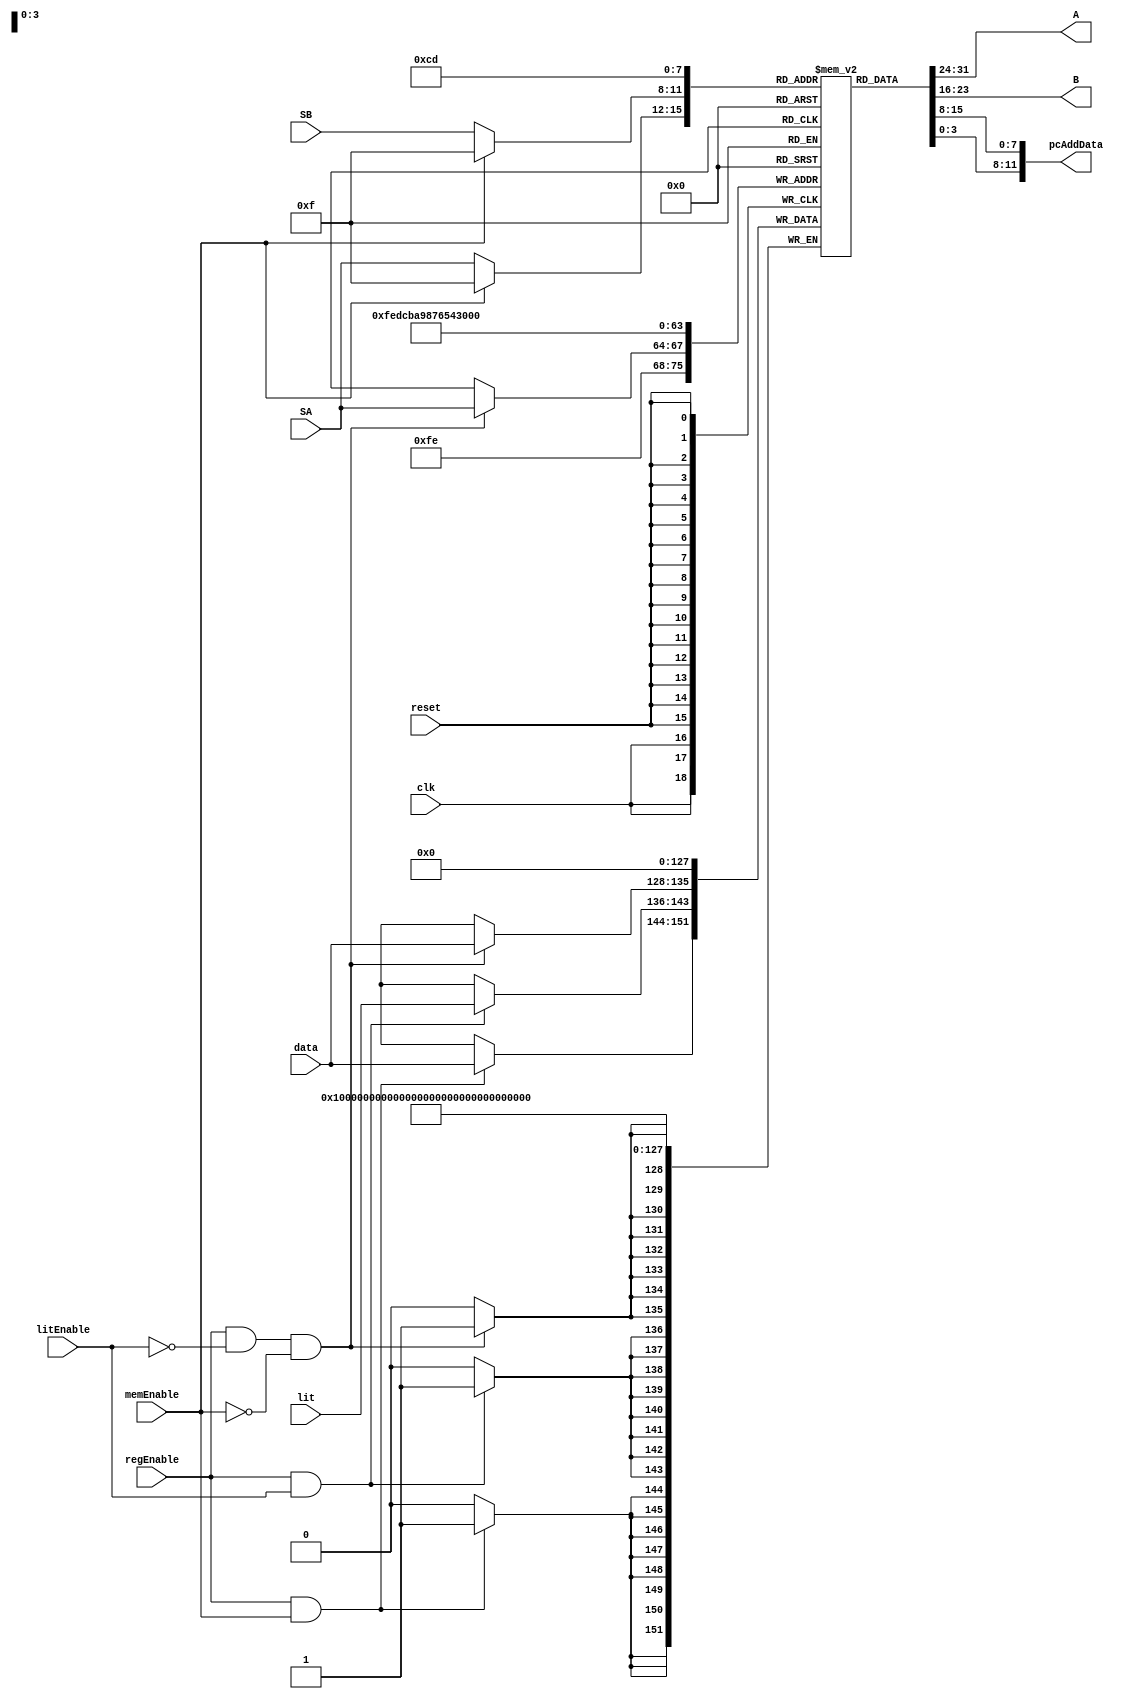
module reg_module (
    input clk,
    input reset,
    input regEnable, litEnable, memEnable,
    input [3:0] SA, SB,
    input [7:0] data, lit,
    output [7:0] A, B,
    output [11:0] pcAddData
);

    reg [7:0] registers [16];

    assign A = registers[memEnable? 15: SA];
    assign B = registers[memEnable? 15: SB];
    assign pcAddData = {registers[13][3:0], registers[12]};

    always @(posedge clk)
    begin

        if (regEnable && !litEnable && !memEnable)
        begin
            // 
            registers[SA] = data; 
        end


        if (regEnable && litEnable)
        begin
            registers[14] = lit;
        end


        if (regEnable && memEnable)
        begin
            registers[15] = data;
        end
    end


    always @(posedge reset)
    begin
        registers[00] = 8'h00;
        registers[01] = 8'h00;
        registers[02] = 8'h00;
        registers[03] = 8'h00;
        registers[04] = 8'h00;
        registers[05] = 8'h00;
        registers[06] = 8'h00;
        registers[07] = 8'h00;
        registers[08] = 8'h00;
        registers[09] = 8'h00;
        registers[10] = 8'h00;
        registers[11] = 8'h00;
        registers[12] = 8'h00;
        registers[13] = 8'h00;
        registers[14] = 8'h00;
        registers[15] = 8'h00;
    end

endmodule